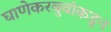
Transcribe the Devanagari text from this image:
घाणेकरबुवांकडून